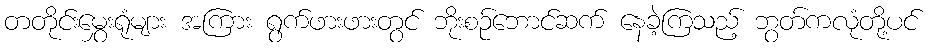
တတိုင်းမွှေးရုံများ အကြား ရွက်ဖားဖားတွင် ဘိုးစဉ်ဘောင်ဆက် နေခဲ့ကြသည့် ဘွတ်ကလုံတို့ပင်